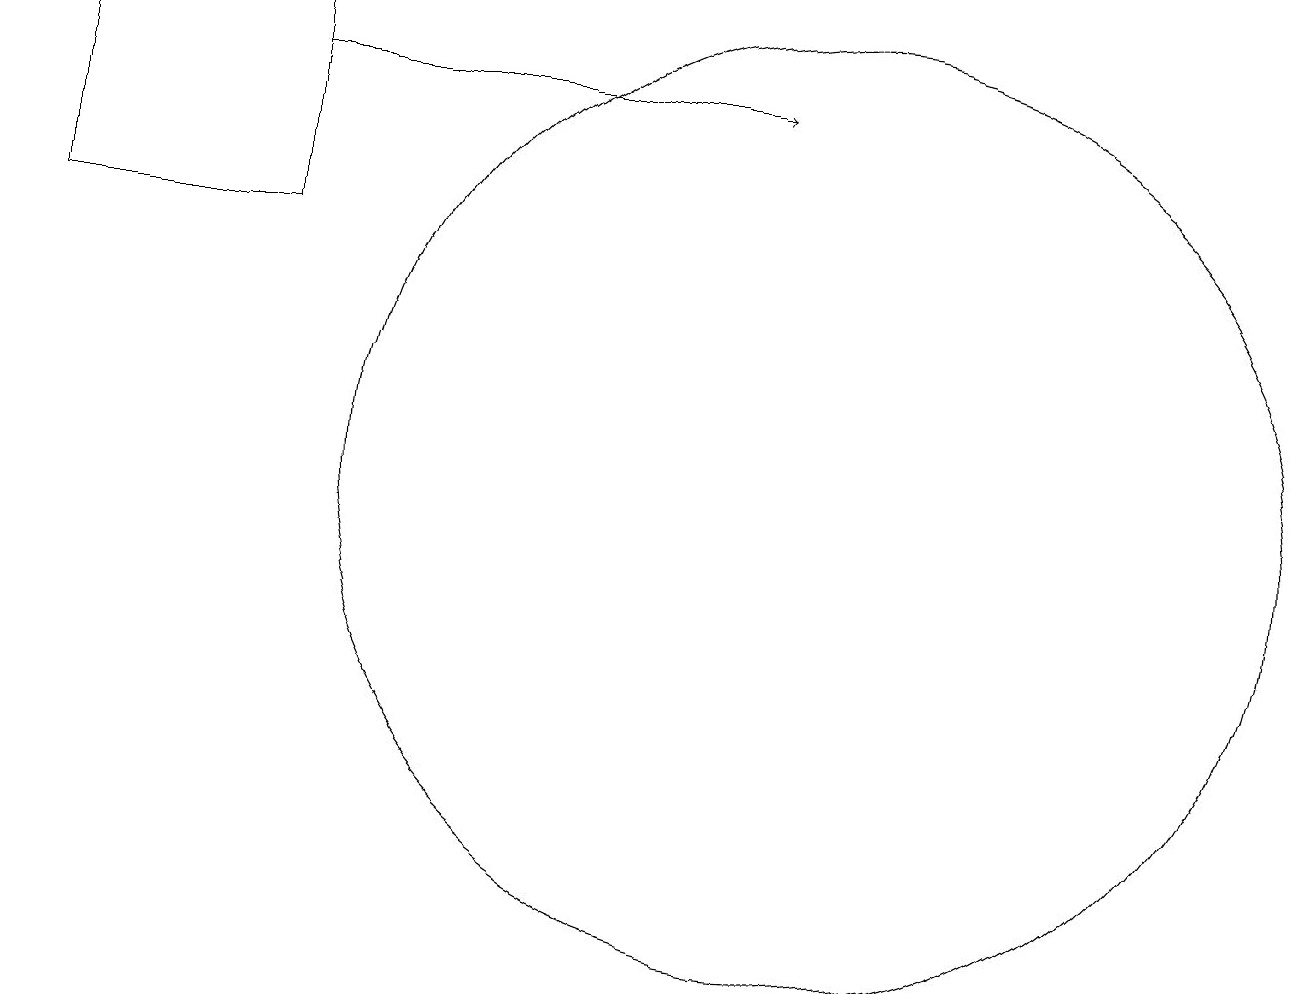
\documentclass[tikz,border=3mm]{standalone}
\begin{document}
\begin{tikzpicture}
\draw (10,10) circle (6);
\draw (3,13) rectangle (0,16);
\draw[->] (3,15) -- (9,15);
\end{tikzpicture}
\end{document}